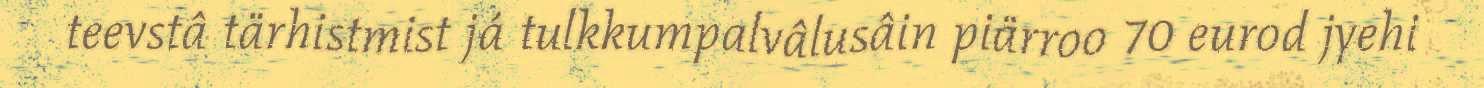
teevstâ tärhistmist já tulkkumpalvâlusâin piärroo 70 eurod jyehi